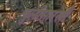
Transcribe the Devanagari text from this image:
चुलीसारखी